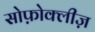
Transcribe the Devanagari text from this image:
सोफ़ोक्लीज़